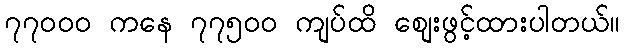
၇၇၀၀၀ ကနေ ၇၇၅၀၀ ကျပ်ထိ စျေးဖွင့်ထားပါတယ်။